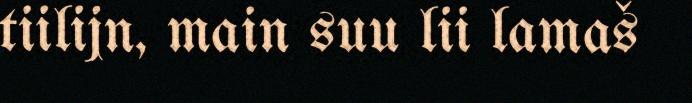
tiilijn, main suu lii lamaš